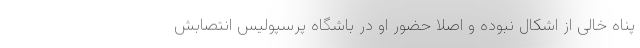
پناه خالی از اشکال نبوده و اصلاً حضور او در باشگاه پرسپولیس انتصابش